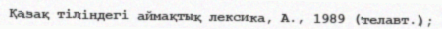
Қазақ тіліндегі аймақтық лексика, А., 1989 (телавт.);